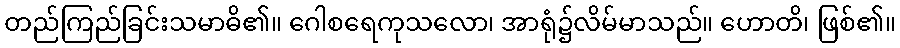
တည်ကြည်ခြင်းသမာဓိ၏။ ဂေါစရေကုသလော၊ အာရုံ၌လိမ်မာသည်။ ဟောတိ၊ ဖြစ်၏။